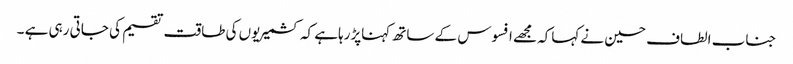
جناب الطاف حسین نے کہاکہ مجھے افسوس کے ساتھ کہناپڑرہاہے کہ کشمیریوں کی طاقت تقسیم کی جاتی رہی ہے ۔